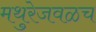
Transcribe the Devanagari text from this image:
मथुरेजवळच